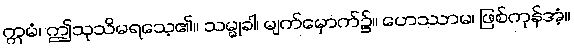
ဣမံ၊ ဤသုသိမရသေ့၏။ သမ္မုခါ၊ မျက်မှောက်၌။ ဟေဿာမ၊ ဖြစ်ကုန်အံ့။